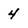
Character: 4